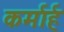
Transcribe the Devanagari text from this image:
कर्मार्ह